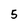
Character: 5